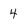
Character: 4